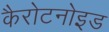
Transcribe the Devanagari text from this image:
कैरोटनोइड